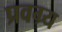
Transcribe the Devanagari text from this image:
प्रवग्र्य